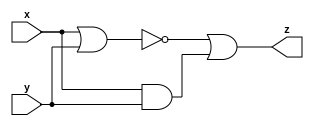
module xnorgate(z,x,y);
output z;
input x,y;
wire w1,w2;
nor(w1,x,y);
and(w2,x,y);
or(z,w1,w2);
endmodule